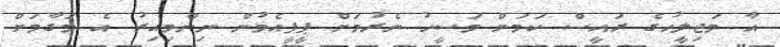
އާ މަޖިލީހުގެ ރައީސް ކަމަށް މަސީހު ނެރުމަށް ޕީޕީއެމުން ނިންމިއިރު އެ މަގާމަށް